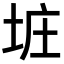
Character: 𪣐